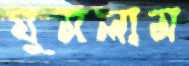
ঘুমলাম